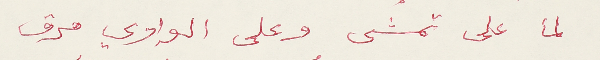
لما على تمشى وعلى الوادي مرق